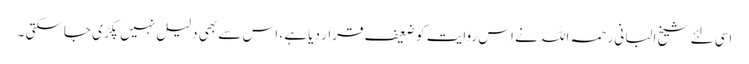
اسی لئے شیخ البانی رحمہ اللہ نے اس روایت کو ضعیف قرار دیا ہے ، اس سے بھی دلیل نہیں پکڑی جاسکتی ۔